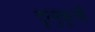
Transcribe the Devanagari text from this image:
दुरनुकूली